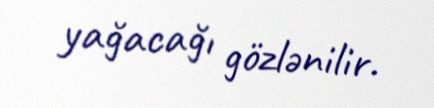
yağacağı gözlənilir.